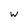
Character: w